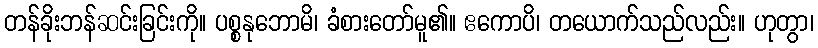
တန်ခိုးဘန်ဆင်းခြင်းကို။ ပစ္စနုဘောမိ၊ ခံစားတော်မူ၏။ ဧကောပိ၊ တယောက်သည်လည်း။ ဟုတွာ၊